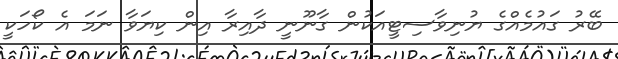
ބޭރު ގައުމެއްގެ ޔުނިވާސިޓީއަކުން ގާނޫނީ ދާއިރާ އިން ކިޔަވާ ނަމަ އެ ކޯހަކީ